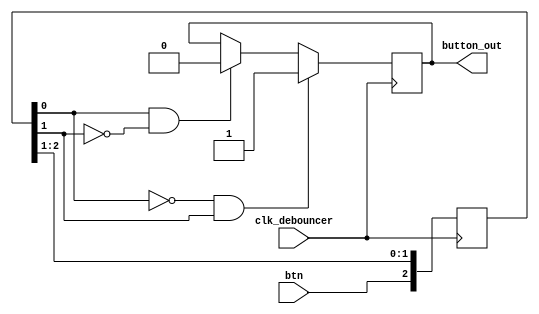
module debouncer( btn, clk_debouncer, button_out); 

input wire btn, clk_debouncer;
output wire button_out;

reg [2:0] step_d = 3'b000;

always @ (posedge clk_debouncer) begin
	if(~step_d[0] & step_d[1])begin
		button_out = 1'b1;
	end
	else if (step_d[0] & ~step_d[1])begin
		button_out = 1'b0;
	end
          
	step_d[2:0]  <= {btn, step_d[2:1]};
end

endmodule